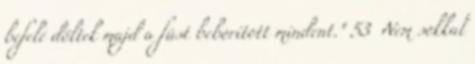
befelé dőltek majd a füst beborított mindent." 53 Nem sokkal